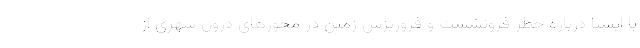
با ایسنا درباره خطر فرونشست و فروریزش زمین در محورهای درون شهری از